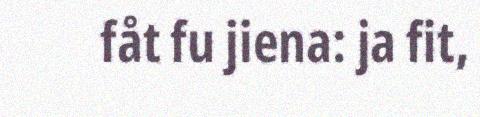
fåt fu jiena: ja fit,